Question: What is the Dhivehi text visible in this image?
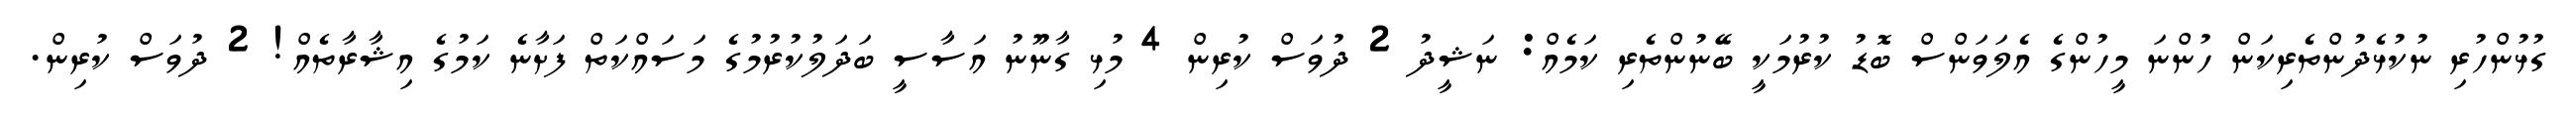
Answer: ގުޅުންހުރި ނުކުޅެދުންތެރިކަން ހުންނަ މީހުންގެ އެލަވަންސް ބޮޑު ކުރުމަކީ ބޭނުންތެރި ކަމެއް: ނަޝީދު 2 ދުވަސް ކުރިން 4 މުޅި ގާނޫނު އަސާސީ ބަދަލުކުރުމުގެ މަސައްކަތް ފަށާނެ ކަމުގެ އިޝާރާތެއް! 2 ދުވަސް ކުރިން.